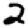
Digit: 2